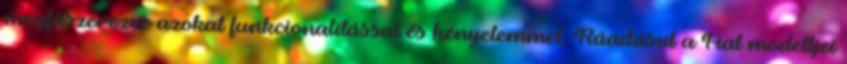
megfűszerezve azokat funkcionalitással és kényelemmel. Ráadásul a Fiat modelljei